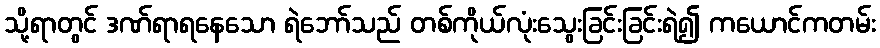
သို့ရာတွင် ဒဏ်ရာရနေသော ရဲဘော်သည် တစ်ကိုယ်လုံးသွေးခြင်းခြင်းရဲ၍ ကယောင်ကတမ်း